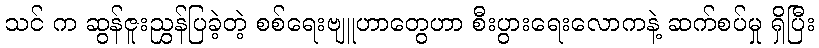
သင် က ဆွန်ဇူးညွှန်ပြခဲ့တဲ့ စစ်ရေးဗျူဟာတွေဟာ စီးပွားရေးလောကနဲ့ ဆက်စပ်မှု ရှိပြီး